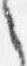
之